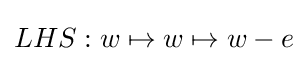
LHS:w\mapsto w\mapsto w-e